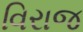
વિરાજ